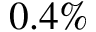
0 . 4 \%